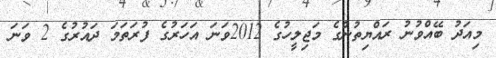
މިއަދު ބޭއްވުނު ރައްޔިތުންގެ މަޖިލީހުގެ 2012ވަނަ އަހަރުގެ ފުރަތަމަ ދައުރުގެ 2 ވަނަ